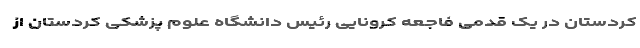
کردستان در یک قدمی فاجعه کرونایی رئیس دانشگاه علوم پزشکی کردستان از